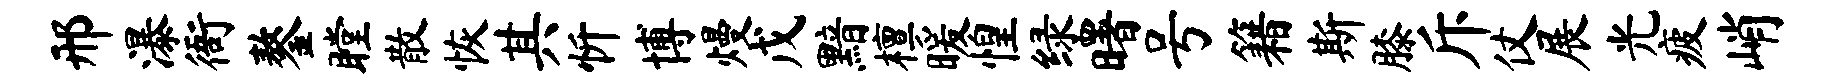
邢瀑衙鏊瞠散恢其忻博熳戊黯檀暖惶绿曙号籍斯膝斥仗展光疲峭